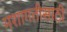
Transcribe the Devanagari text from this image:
मशागतीसाठी